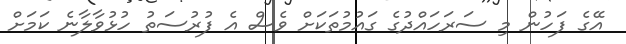
އޭގެ ފަހުން މި ސަރަހައްދުގެ ގައުމުތަކަށް ވެސް އެ ފުރުސަތު ހުޅުވާލާނެ ކަމަށް